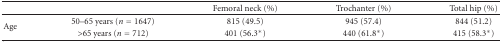
|  |  | Femoral neck (%) | Trochanter (%) | Total hip (%) |
 | --- | --- | --- | --- | --- |
 | <ROWSPAN=2> Age | 50–65 years (n = 1647) | 815 (49.5) | 945 (57.4) | 844 (51.2) |
 | >65 years (n = 712) | 401 (56.3∗) | 440 (61.8∗) | 415 (58.3∗) |